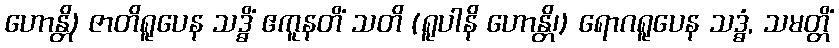
ဟောန္တိ) ဇာတိရူပေန သဒ္ဓိံ ဧကူနတိံ သတိ (ရူပါနိ ဟောန္တိ၊) ရောဂရူပေန သဒ္ဓံ, သမတ္တိံ